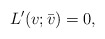
\begin{align*} L'(v; \bar{v}) = 0 , \end{align*}